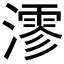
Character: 𤀍